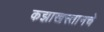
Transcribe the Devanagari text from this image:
कझाखस्तानचे